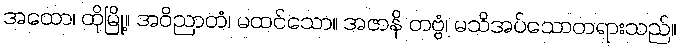
အထော၊ ထိုမြို့။ အဝိညာတံ၊ မထင်သော။ အဇာနိ တဗ္ဗံ၊ မသိအပ်သောတရားသည်။